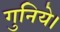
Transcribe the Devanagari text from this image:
गुनिये।